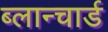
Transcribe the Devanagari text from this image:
ब्लान्चार्ड